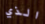
الذي